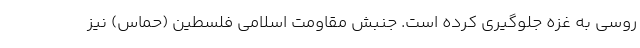
روسی به غزه جلوگیری کرده است. جنبش مقاومت اسلامی فلسطین (حماس) نیز